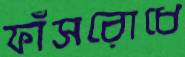
ফাঁসরোধে